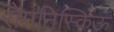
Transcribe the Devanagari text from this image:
रोमनिस्किऊ